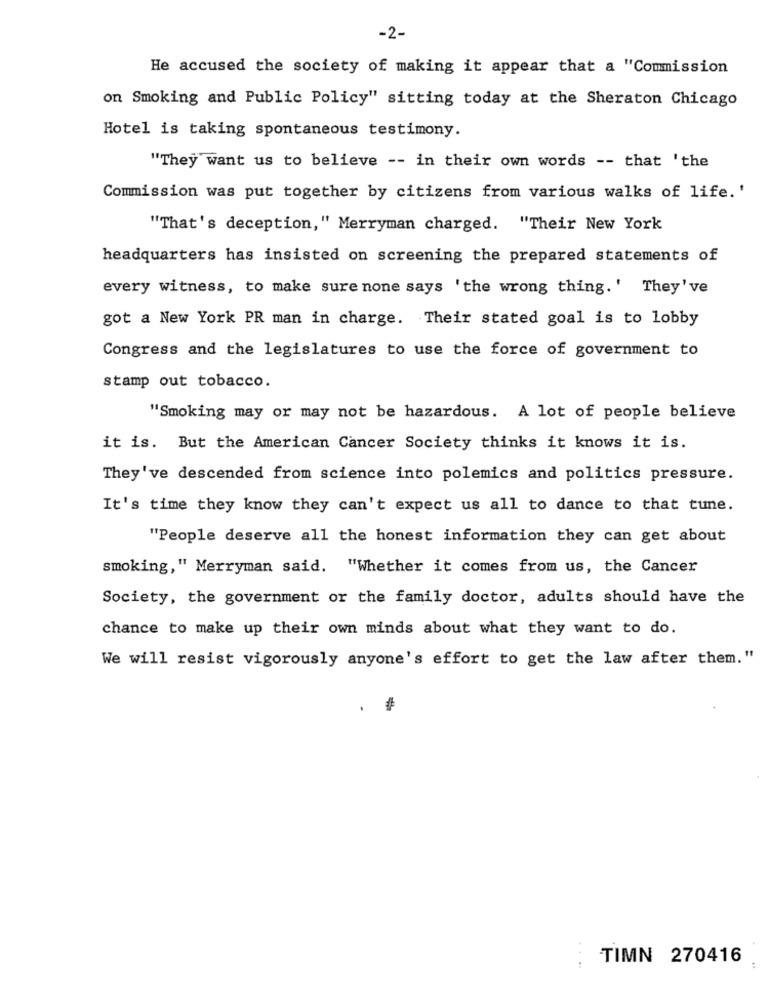
-2-
He accused the society of making it appear that a "Commission
on Smoking and Public Policy" sitting today at the Sheraton Chicago
Hotel is taking spontaneous testimony.
"They want us to believe -- in their own words -- that 'the
Commission was put together by citizens from various walks of life.'
"That's deception," Merryman charged. "Their New York
headquarters has insisted on screening the prepared statements of
every witness, to make sure none says ' the wrong thing.' They've
got a New York PR man in charge. Their stated goal is to lobby
Congress and the legislatures to use the force of government to
stamp out tobacco.
"Smoking may or may not be hazardous. A lot of people believe
it is. But the American Cancer Society thinks it knows it is.
They've descended from science into polemics and politics pressure.
It's time they know they can't expect us all to dance to that tune.
"People deserve all the honest information they can get about
smoking," Merryman said. "Whether it comes from us, the Cancer
Society, the government or the family doctor, adults should have the
chance to make up their own minds about what they want to do.
We will resist vigorously anyone's effort to get the law after them."
TIMN 270416
: